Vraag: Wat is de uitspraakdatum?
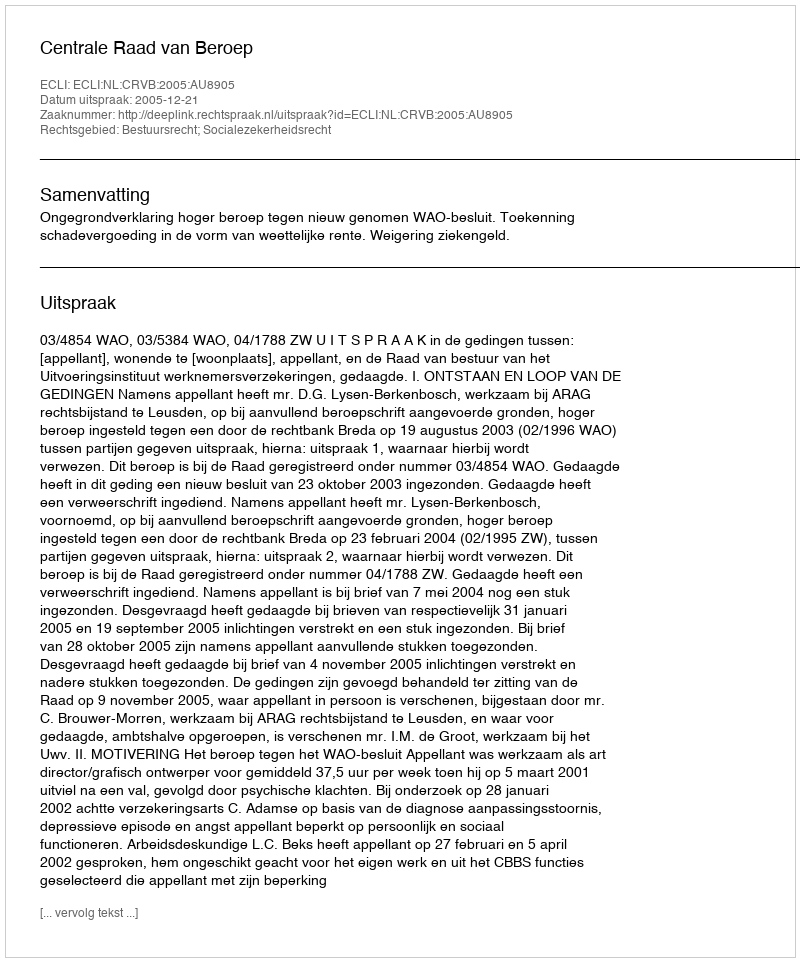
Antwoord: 2005-12-21